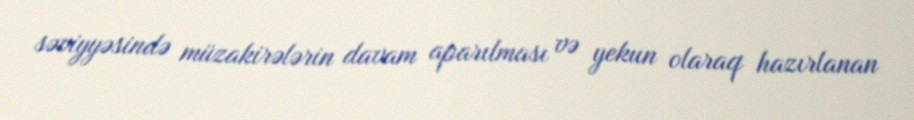
səviyyəsində müzakirələrin davam aparılması və yekun olaraq hazırlanan